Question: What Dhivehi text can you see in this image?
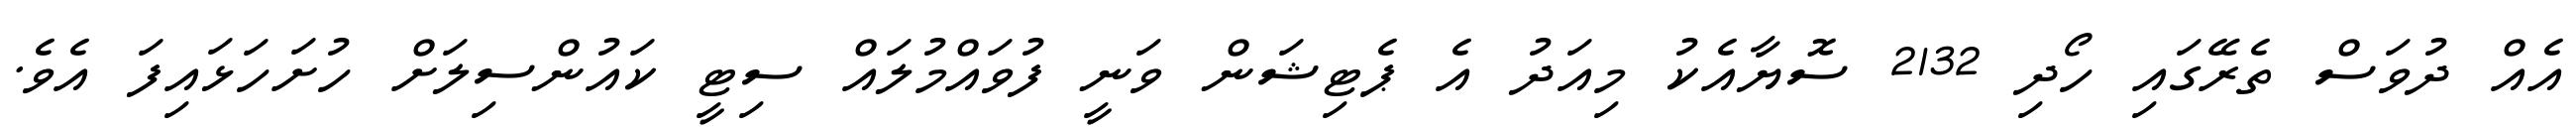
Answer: އެއް ދުވަސް ތެރޭގައި ހޯދި 2132 ސޮޔާއެކު މިއަދު އެ ޕެޓިޝަން ވަނީ ފުވައްމުލައް ސިޓީ ކައުންސިލަށް ހުށަހަޅައިފަ އެވެ.